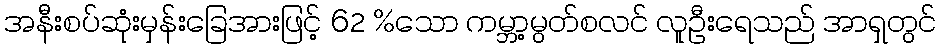
အနီးစပ်ဆုံးမှန်းခြေအားဖြင့် 62 %သော ကမ္ဘာ့မွတ်စလင် လူဦးရေသည် အာရှတွင်